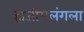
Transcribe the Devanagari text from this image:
हाजीमलंगला